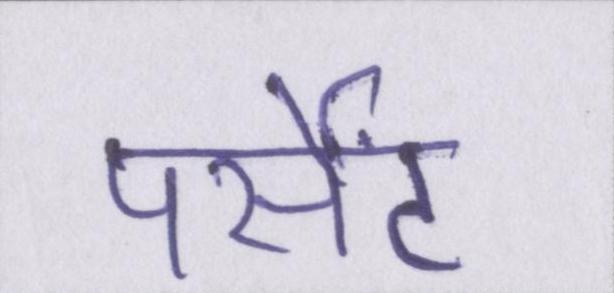
पर्सेंट